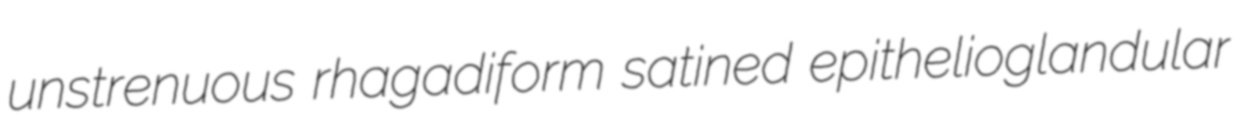
unstrenuous rhagadiform satined epithelioglandular